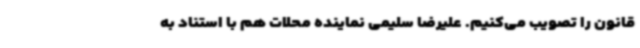
قانون را تصویب می‌کنیم. علیرضا سلیمی نماینده محلات هم با استناد به